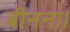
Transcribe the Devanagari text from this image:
बीनना।